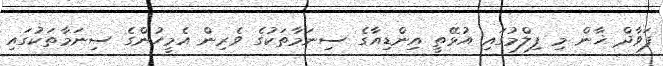
ފަވާދް ޚާން މި ފިލްމުގައި އުޅޭތީ އިންޑިއާގެ ސިނަމާތަކުގެ ވެރިން އެމީހުންގެ ސިނަމާތަކުގައި